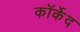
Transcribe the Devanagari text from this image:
कॉर्केद